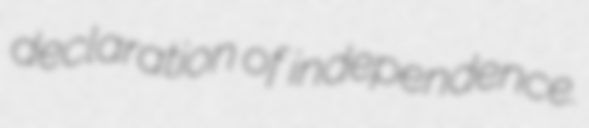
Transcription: declaration of independence.